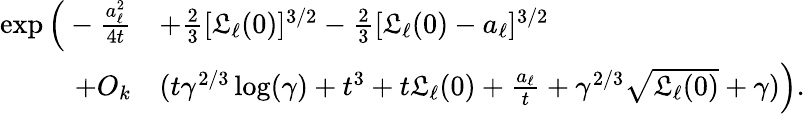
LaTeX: \begin{array}{rl}{\exp\Big(-\frac{a_{\ell}^{2}}{4t}}&{+\frac{2}{3}[\mathfrak{L}_{\ell}(0)]^{3/2}-\frac{2}{3}[\mathfrak{L}_{\ell}(0)-a_{\ell}]^{3/2}}\\ {+O_{k}}&{(t\gamma^{2/3}\log(\gamma)+t^{3}+t\mathfrak{L}_{\ell}(0)+\frac{a_{\ell}}{t}+\gamma^{2/3}\sqrt{\mathfrak{L}_{\ell}(0)}+\gamma)\Big).}\end{array}